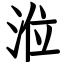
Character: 涖